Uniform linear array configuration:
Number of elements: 4
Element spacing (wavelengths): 0.75
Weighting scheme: cosine
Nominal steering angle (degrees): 30
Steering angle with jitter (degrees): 31.133
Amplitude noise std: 0.05
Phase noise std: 0.05

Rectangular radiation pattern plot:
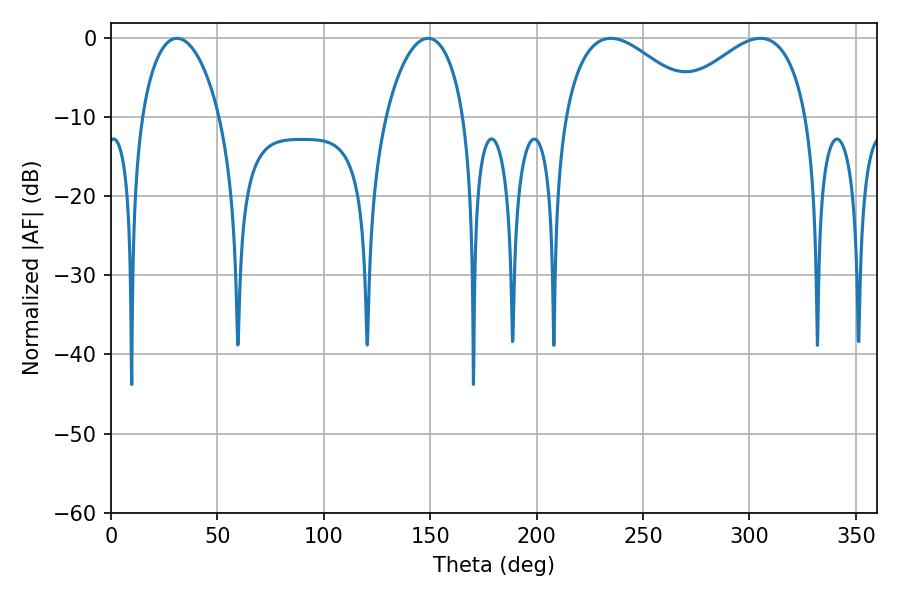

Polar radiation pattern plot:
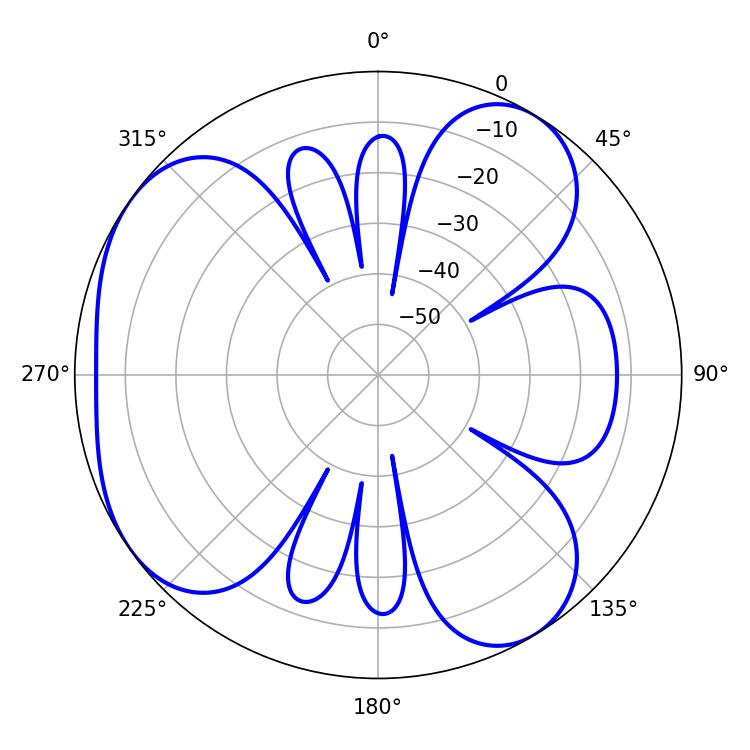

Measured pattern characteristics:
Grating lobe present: TRUE
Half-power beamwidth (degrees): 35.28
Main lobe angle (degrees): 234.9